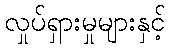
လှုပ်ရှားမှုများနှင့်